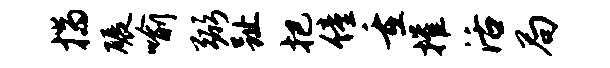
揣碾喻弼趾把僮重摧活局